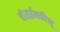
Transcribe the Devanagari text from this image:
चीराईनकीज्हू